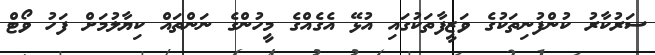
ސަރުކާރު ކުންފުނިތަކުގެ ވަޒީފާތަކުގައި އުޅޭ އެގެއްގެ މީހުންގެ ނަންތައް ކިޔާލުމަށް ފަހު ވޯޓް